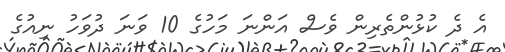
އެ ދެ ކުޅުންތެރިން ވެސް އަންނަ މަހުގެ 10 ވަނަ ދުވަހު ނިއުގެ